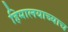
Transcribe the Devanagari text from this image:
हिमालयाच्याच